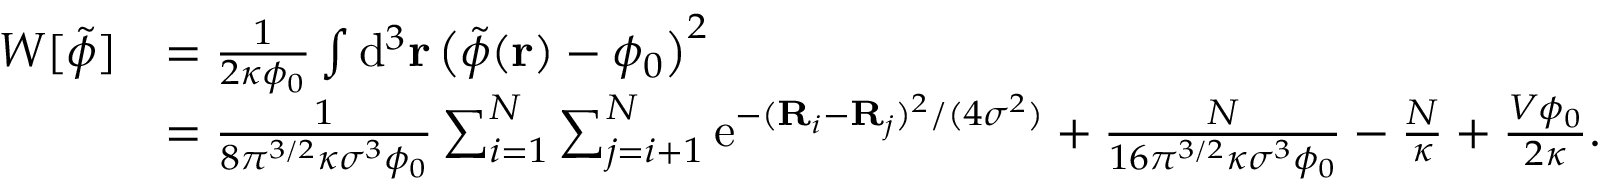
\begin{array} { r l } { W [ \tilde { \phi } ] } & { = \frac { 1 } { 2 \kappa \phi _ { 0 } } \int \mathrm { d } ^ { 3 } \mathbf { r } \, \big ( \tilde { \phi } ( \mathbf { r } ) - \phi _ { 0 } \big ) ^ { 2 } } \\ & { = \frac { 1 } { 8 \pi ^ { 3 / 2 } \kappa \sigma ^ { 3 } \phi _ { 0 } } \sum _ { i = 1 } ^ { N } \sum _ { j = i + 1 } ^ { N } \mathrm { e } ^ { - ( \mathbf { R } _ { i } - \mathbf { R } _ { j } ) ^ { 2 } / ( 4 \sigma ^ { 2 } ) } + \frac { N } { 1 6 \pi ^ { 3 / 2 } \kappa \sigma ^ { 3 } \phi _ { 0 } } - \frac { N } { \kappa } + \frac { V \phi _ { 0 } } { 2 \kappa } . } \end{array}